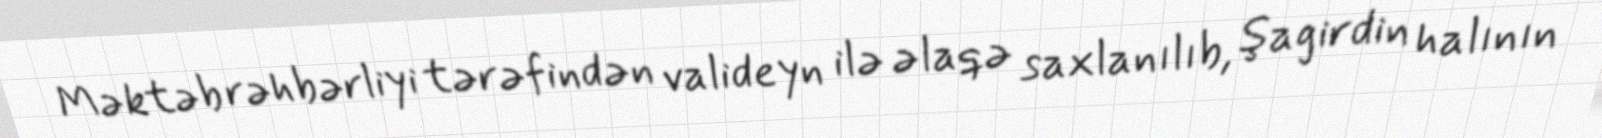
Məktəb rəhbərliyi tərəfindən valideyn ilə əlaqə saxlanılıb, şagirdin halının